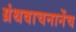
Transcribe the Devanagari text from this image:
ग्रंथवाचनानेंच